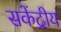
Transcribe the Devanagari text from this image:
सकेंद्रीय